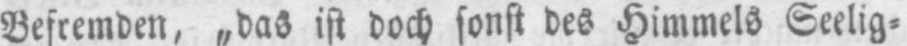
Befremden, „das ist doch sonst des Himmels Seelig⸗